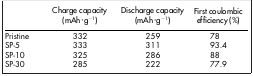
|  | Charge capacity (mAh·g−1) | Discharge capacity (mAh·g−1) | First coulombic efficiency (%) |
 | --- | --- | --- | --- |
 | Pristine | 332 | 259 | 78 |
 | SP-5 | 333 | 311 | 93.4 |
 | SP-10 | 325 | 286 | 88 |
 | SP-30 | 285 | 222 | 77.9 |